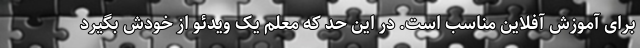
برای آموزش آفلاین مناسب است. در این حد که معلم یک ویدئو از خودش بگیرد